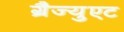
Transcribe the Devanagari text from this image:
ग्रैज्युएट